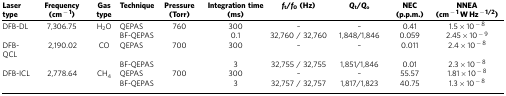
| Laser type | Frequency (cm−1) | Gas type | Technique | Pressure (Torr) | Integration time (ms) | ft/f0(Hz) | Qt/Qo | NEC (p.p.m.) | NNEA (cm−1 W Hz−1/2) |
 | --- | --- | --- | --- | --- | --- | --- | --- | --- | --- |
 | DFB-DL | 7,306.75 | H2O | QEPAS | 760 | 300 | – | – | 0.41 | 1.5 × 10−8 |
 |  |  |  | BF-QEPAS |  | 0.1 | 32,760 / 32,760 | 1,848/1,846 | 0.059 | 2.45 × 10−9 |
 | DFB-QCL | 2,190.02 | CO | QEPAS | 700 | 300 | – | – | 0.011 | 2.4 × 10−8 |
 |  |  |  | BF-QEPAS |  | 3 | 32,755 / 32,755 | 1,851/1,846 | 0.01 | 2.3 × 10−8 |
 | DFB-ICL | 2,778.64 | CH4 | QEPAS | 700 | 300 | – | – | 55.57 | 1.81 × 10−8 |
 |  |  |  | BF-QEPAS |  | 3 | 32,757 / 32,757 | 1,817/1,823 | 40.75 | 1.3 × 10−8 |